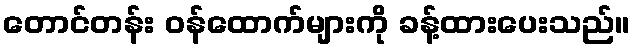
တောင်တန်း ဝန်ထောက်များကို ခန့်ထားပေးသည်။